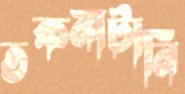
তকমাটানি